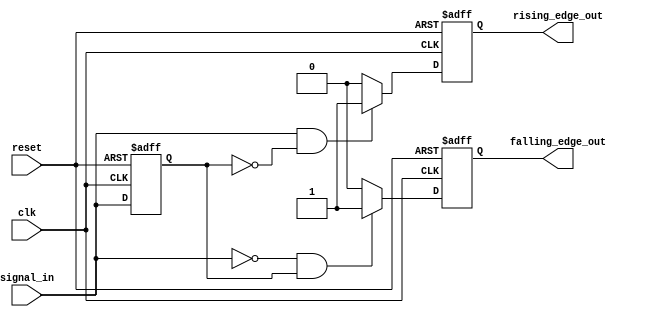
module pulse_edge_detector (
    input wire clk,           // Clock input
    input wire reset,         // Reset signal
    input wire signal_in,     // Input signal to detect edges
    output reg rising_edge_out, // Output pulse for rising edge
    output reg falling_edge_out  // Output pulse for falling edge
);

    // D flip-flop to store the previous state of the input signal
    reg previous_signal;

    // Process block triggered on the clock edge
    always @(posedge clk or posedge reset) begin
        if (reset) begin
            previous_signal <= 1'b0;  // Initialize previous state to 0 on reset
            rising_edge_out <= 1'b0;   // Initialize output to 0
            falling_edge_out <= 1'b0;  // Initialize output to 0
        end else begin
            // Edge detection logic
            // Rising edge detection
            if (signal_in && !previous_signal) begin
                rising_edge_out <= 1'b1;   // Generate pulse on rising edge
            end else begin
                rising_edge_out <= 1'b0;   // Clear pulse if no rising edge
            end
            
            // Falling edge detection
            if (!signal_in && previous_signal) begin
                falling_edge_out <= 1'b1;  // Generate pulse on falling edge
            end else begin
                falling_edge_out <= 1'b0;  // Clear pulse if no falling edge
            end
            
            // Update the previous state
            previous_signal <= signal_in; 
        end
    end

endmodule